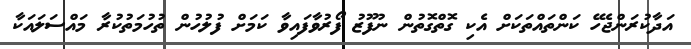
އަދާކުރަންޖެހޭ ކަންތައްތަކަށް އެކި ގޮތްގޮތުން ނުފޫޒު ފޯރުވާފައިވާ ކަމަށް ފުލުހުން ތުހުމަތުކުރާ މައްސަލައަކާ